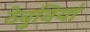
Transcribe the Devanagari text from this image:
ठेवुनियां